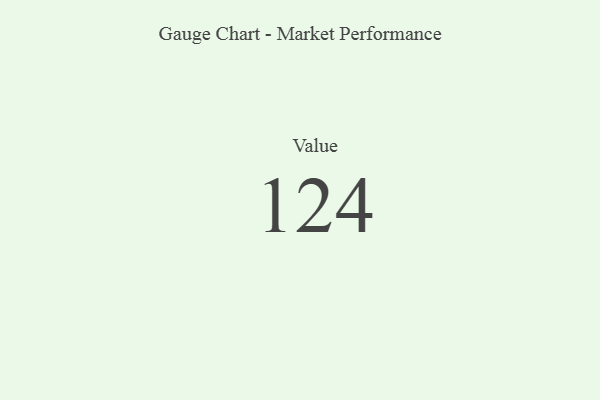
{"axis": {"x": "Metric", "y": "Value"}, "legend": [""], "data": [{"x": "Value", "y": 124, "type": ""}]}